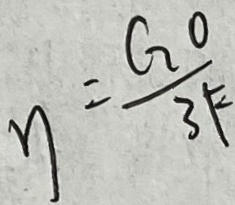
y = \frac { G 0 } { 3 F }